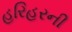
હરિહરની